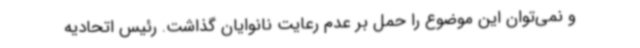
و نمی‌توان این موضوع را حمل بر عدم رعایت نانوایان گذاشت. رئیس اتحادیه